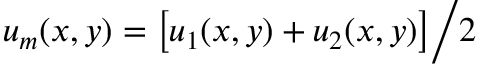
u _ { m } ( x , y ) = \bigl [ u _ { 1 } ( x , y ) + u _ { 2 } ( x , y ) \bigr ] \bigg / 2